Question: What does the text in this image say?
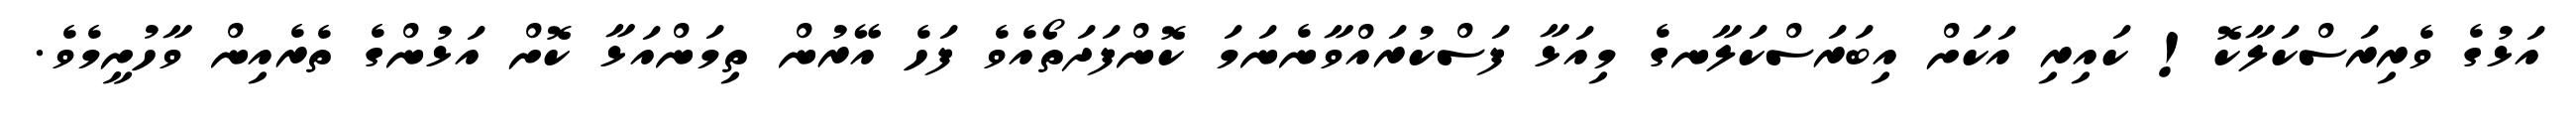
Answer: އަޅުގެ ވެރިރަސްކަލާކޮ! ކައިރި އަކަށް އިބަރަސްކަލާނގެ މިއަޅާ ފަސްކުރައްވާނެނަމަ ކޮންފަދަތޯއެވެ ފަހެ އޭރުން ތިމަންއަޅާ ކޮށް އަޅުންގެ ތެރެއިން ވާހުށީމެވެ.